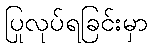
ပြုလုပ်ရခြင်းမှာ